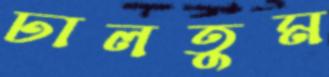
ঢালতুম